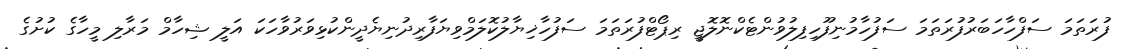
ފުރަތަމަ ސަފްހާހަބަރުފުރަތަމަ ސަފުހާމުނިފޫހިފިލުވުންޓެކްނޮލޮޖީ ރިޕޯޓްފުރަތަމަ ސަފުހާޚިޔާލުކޮލަމްވިޔަފާރިދުނިޔެދީންކުޅިވަރުވާހަކަ އަލީ ޝިހާމް މަރާލި މީހާގެ ކުށުގެ